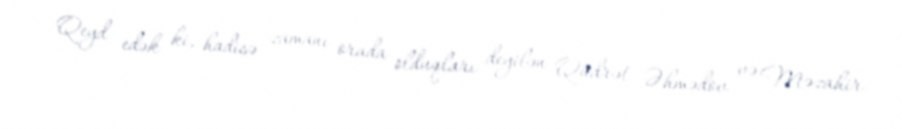
Qeyd edək ki, hadisə zamanı orada olduqları deyilən Qüdrət Əhmədov və Məzahir